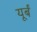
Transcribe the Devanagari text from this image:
यूर्बँ